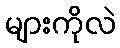
များကိုလဲ